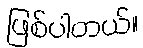
ဖြစ်ပါတယ်။